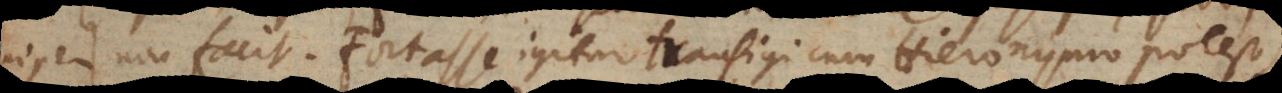
er non facit. Fortasse igitur transigi cum Hieronymo potest,